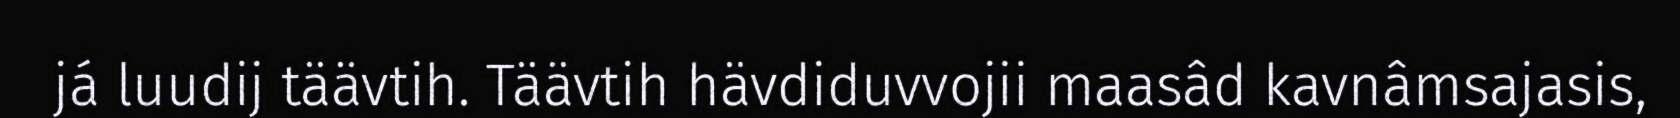
já luudij täävtih. Täävtih hävdiduvvojii maasâd kavnâmsajasis,